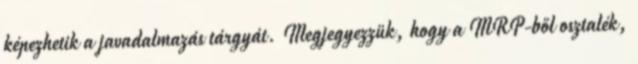
képezhetik a javadalmazás tárgyát. Megjegyezzük, hogy a MRP-ből osztalék,